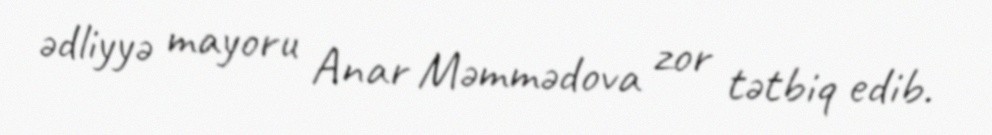
ədliyyə mayoru Anar Məmmədova zor tətbiq edib.